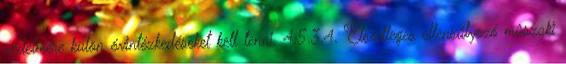
védelmére külön óvintézkedéseket kell tenni. 4.5.3.4. Elsõdleges ellensúlyozó mûszaki